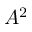
A ^ { 2 }